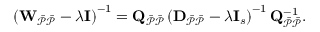
\left( \mathbf { W } _ { \mathcal { \Bar { P } \Bar { P } } } - \lambda \mathbf { I } \right) ^ { - 1 } = \mathbf { Q } _ { \mathcal { \Bar { P } \Bar { P } } } \left( \mathbf { D } _ { \mathcal { \Bar { P } \Bar { P } } } - \lambda \mathbf { I } _ { s } \right) ^ { - 1 } \mathbf { Q } _ { \mathcal { \Bar { P } \Bar { P } } } ^ { - 1 } .